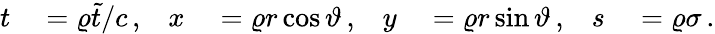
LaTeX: \begin{array}{rlrlrlrl}{t}&{{}=\varrho\tilde{t}/c\, ,}&{x}&{{}=\varrho r\cos\vartheta\, ,}&{y}&{{}=\varrho r\sin\vartheta\, ,}&{s}&{{}=\varrho\sigma\, .}\end{array}